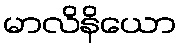
မာလိနိယော